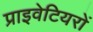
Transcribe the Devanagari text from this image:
प्राइवेटियरों